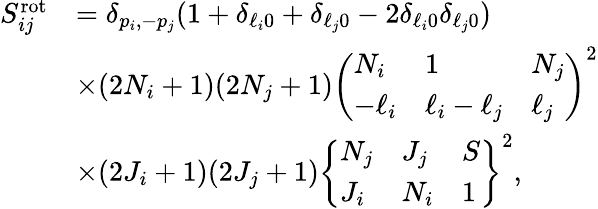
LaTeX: \begin{array}{rl}{S_{ij}^{\mathrm{rot}}}&{=\delta_{p_{i},-p_{j}}(1+\delta_{\ell_{i}0}+\delta_{\ell_{j}0}-2\delta_{\ell_{i}0}\delta_{\ell_{j}0})}\\ &{\times(2N_{i}+1)(2N_{j}+1)\left(\begin{array}{lll}{N_{i}}&{1}&{N_{j}}\\ {-\ell_{i}}&{\ell_{i}-\ell_{j}}&{\ell_{j}}\end{array}\right)^{2}}\\ &{\times(2J_{i}+1)(2J_{j}+1)\left\{ \begin{array}{lll}{N_{j}}&{J_{j}}&{S}\\ {J_{i}}&{N_{i}}&{1}\end{array}\right\} ^{2},}\end{array}